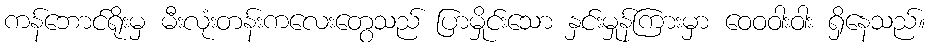
ကန်ဘောင်ရိုးမှ မီးလုံးတန်းကလေးတွေသည် ပြာမှိုင်းသော နှင်းမှုန်ကြားမှာ ဝေဝဝါးဝါး ရှိနေသည်။